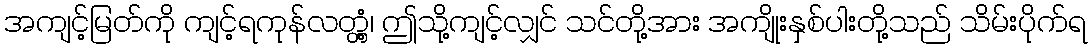
အကျင့်မြတ်ကို ကျင့်ရကုန်လတ္တံ့၊ ဤသို့ကျင့်လျှင် သင်တို့အား အကျိုးနှစ်ပါးတို့သည် သိမ်းပိုက်ရ